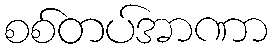
စစ်တပ်အာဏာ